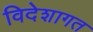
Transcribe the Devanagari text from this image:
विदेशागत